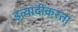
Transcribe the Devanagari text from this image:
इत्यादींकरता